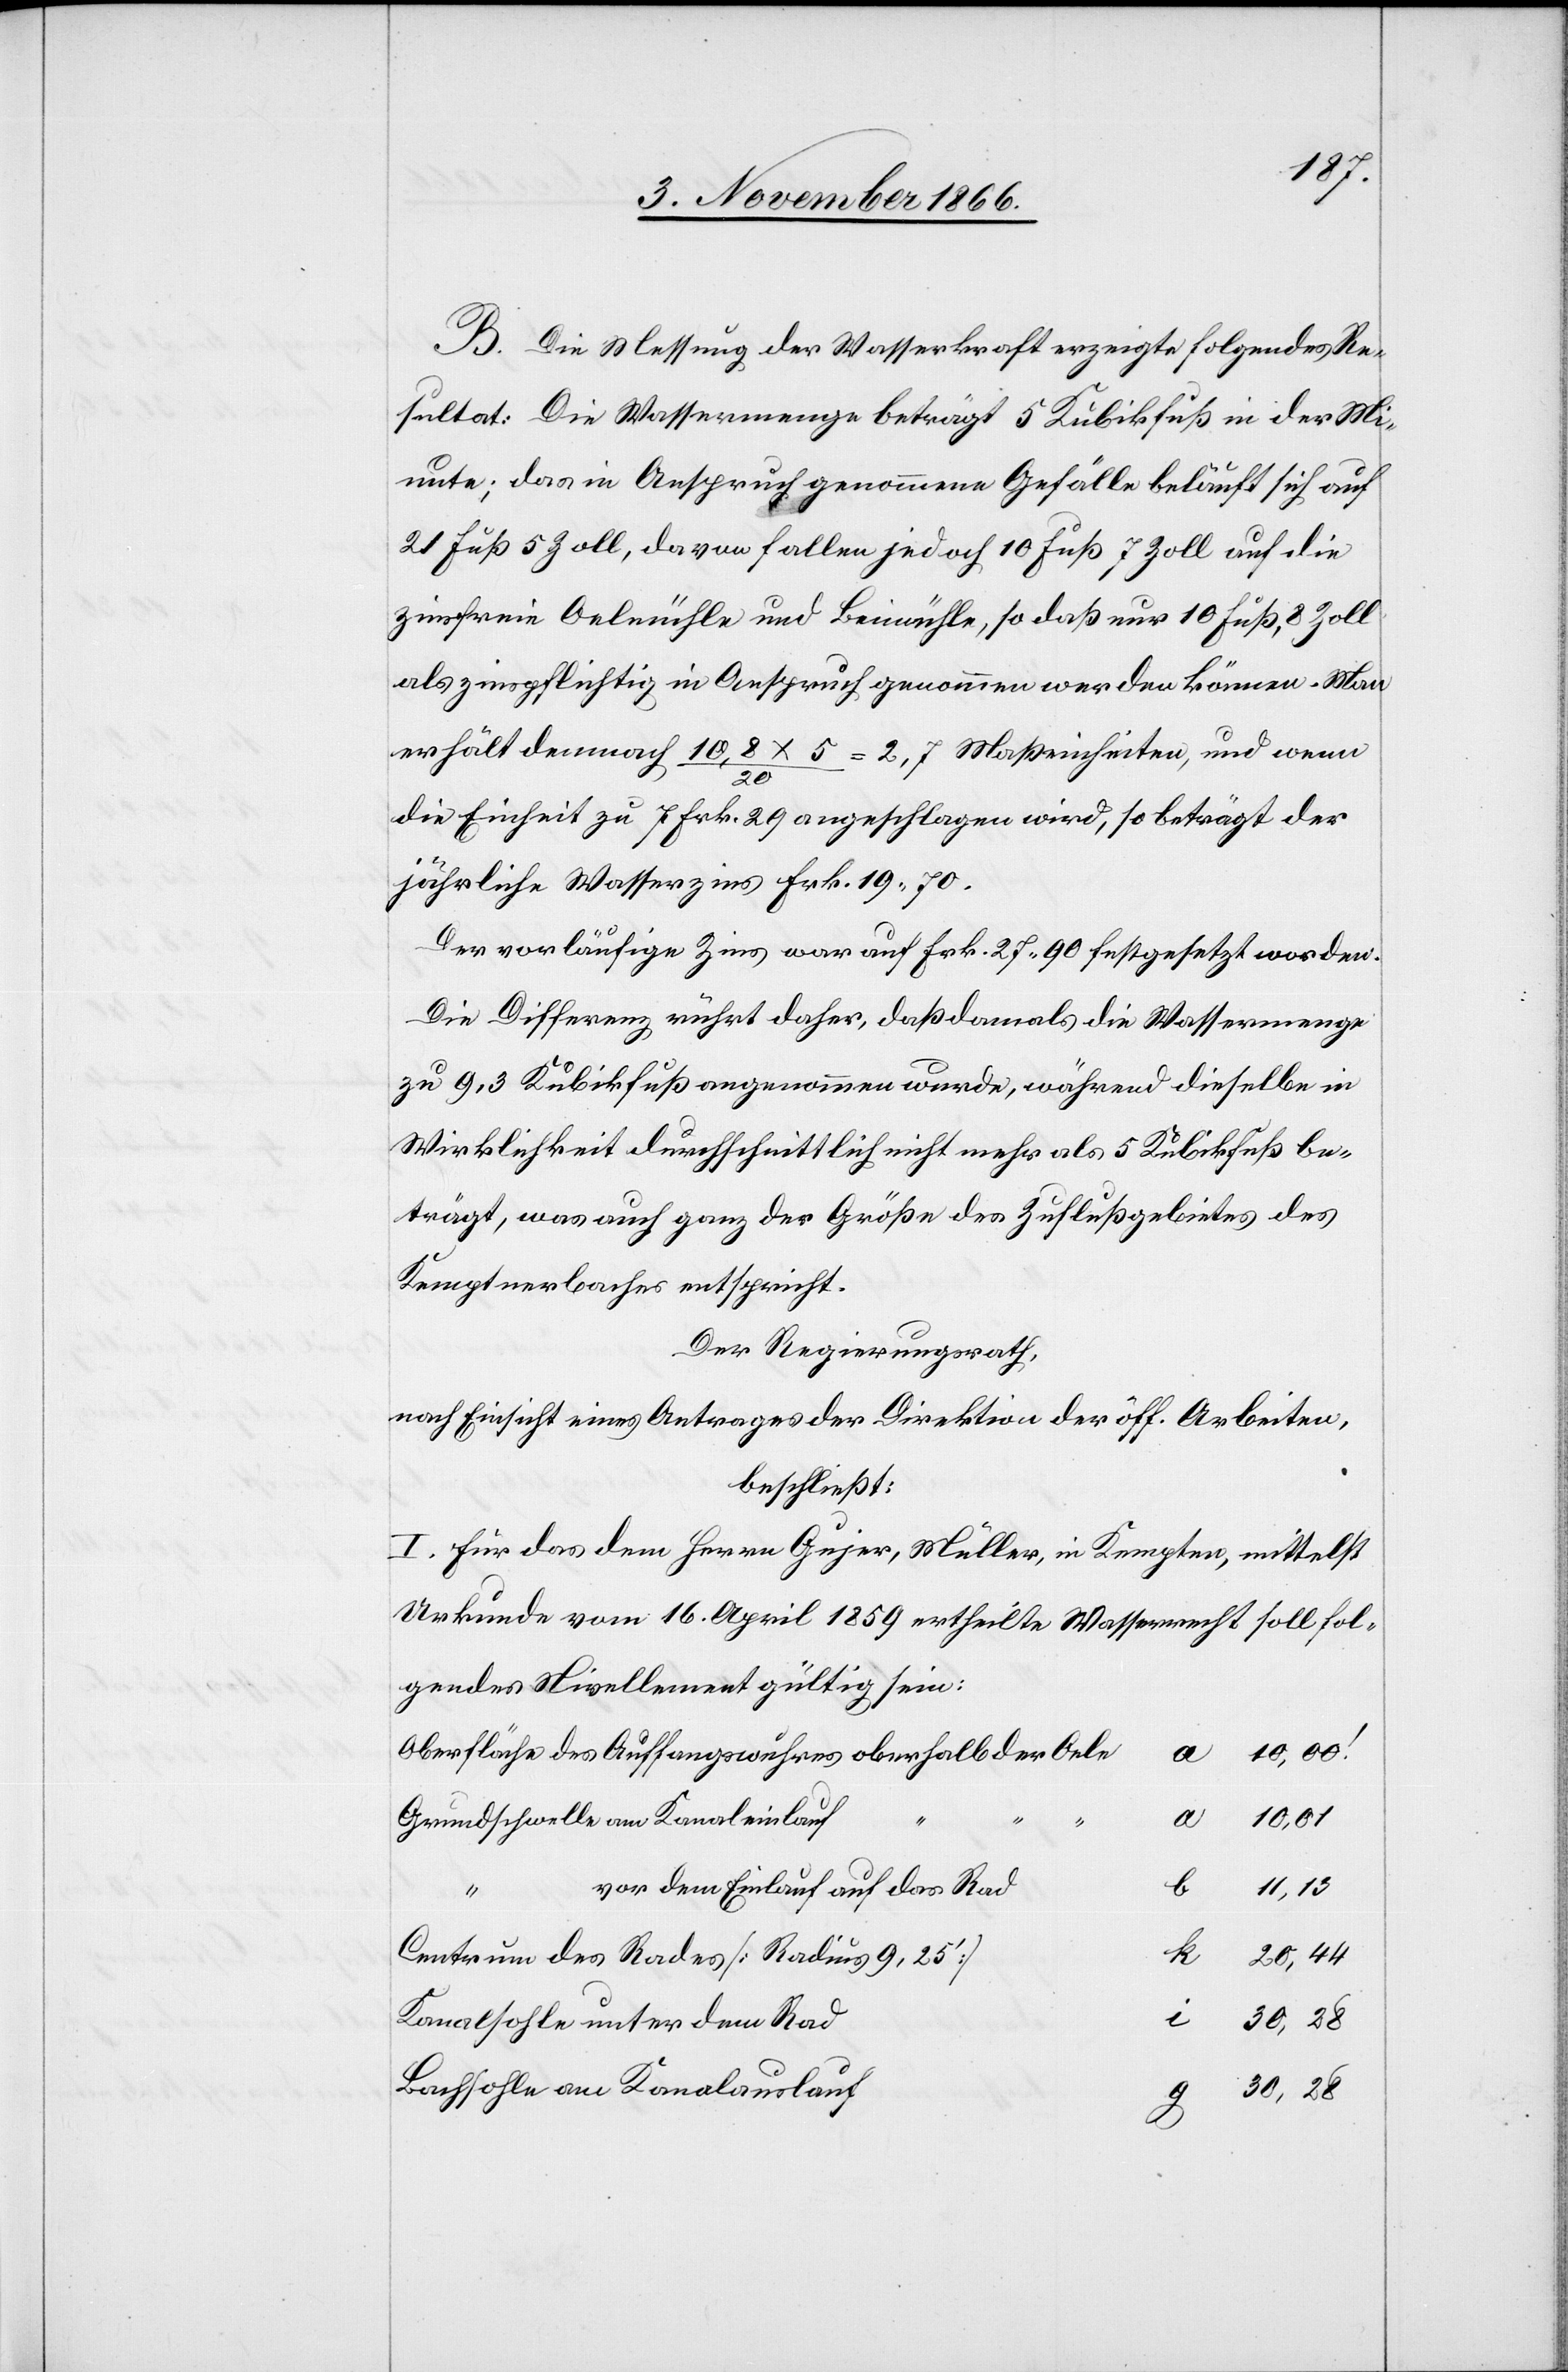
B. Die Messung der Wasserkraft erzeigte folgendes Re¬
sultat: Die Wassermenge beträgt 5 Kubikfuß in der Mi¬
nute; das in Anspruch genommene Gefälle beläuft sich auf
21 Fuß 5 Zoll, davon fallen jedoch 10 Fuß 7 Zoll auf die
zinsfreie Oelmühle und Beimühle, so daß nur 10 Fuß, 8 Zoll
als zinspflichtig in Anspruch genommen werden können. Man
erhält demnach 10,8 x 5 / 20 = 2,7 Maßeinheiten, und wenn
die Einheit zu 7 Frk. 29 angeschlagen wird, so beträgt der
jährliche Wasserzins Frk. 19.70.
Der vorläufige Zins war auf Frk. 27.90 festgesetzt worden.
Die Differenz rührt daher, daß damals die Wassermenge
zu 9,3 Kubikfuß angenommen wurde, während dieselbe in
Wirklichkeit durchschnittlich nicht mehr als 5 Kubikfuß be¬
trägt, was auch ganz der Größe des Zuflußgebietes des
Kemptnerbaches entspricht.
Der Regierungsrath,
nach Einsicht eines Antrages der Direktion der öff. Arbeiten,
beschließt:
I. Für das dem Herrn Gujer, Müller, in Kempten, mittelst
Urkunde vom 16. April 1859 ertheilte Wasserrecht soll fol¬
gendes Nivellement gültig sein:
Oberfläche des Auffangswuhres oberhalb der Oele
Grundschwelle am Kanaleinlauf
10,01
vor dem Einlauf auf das Rad
11,13
Centrum des Rades [Radius 9,25‘]
Kanalsohle unter dem Rad
Bachsohle am Kanalauslauf